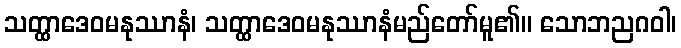
သတ္ထာဒေဝမနုဿာနံ၊ သတ္ထာဒေဝမနုဿာနံမည်တော်မူ၏။ သောဘညဂဝါ၊